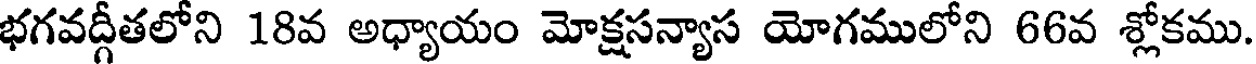
భగవద్గీతలోని 18వ అధ్యాయం మోక్షసన్యాస యోగములోని 66వ శ్లోకము.